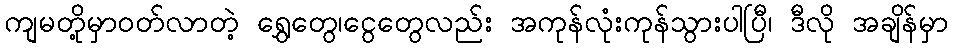
ကျမတို့မှာဝတ်လာတဲ့ ရွှေတွေ၊ငွေတွေလည်း အကုန်လုံးကုန်သွားပါပြီ၊ ဒီလို အချိန်မှာ